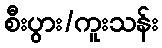
စီးပွား/ကူးသန်း